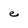
Character: e